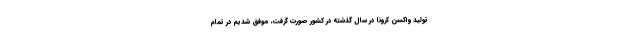
تولید واکسن کرونا در سال گذشته در کشور صورت گرفت، موفق شدیم در تمام